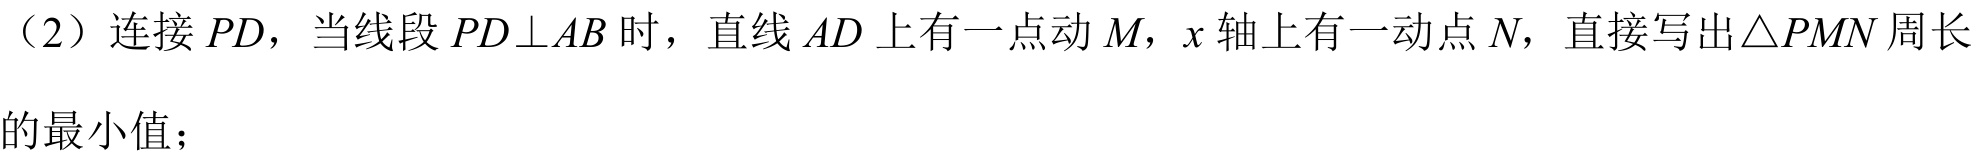
（2）连接 \(PD\)，当线段 \(PD\perp AB\) 时，直线 \(AD\) 上有一点动 \(M\)，\(x\) 轴上有一动点 \(N\)，直接写出\(\triangle PMN\) 周长的最小值；